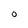
Character: O